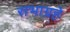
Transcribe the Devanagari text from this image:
सभाग्रहे